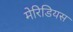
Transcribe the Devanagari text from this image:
मेरिडियस